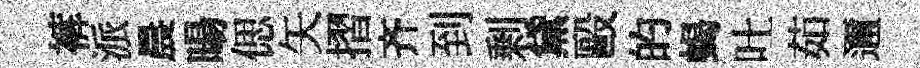
裤派晨暘偲矢摺齐到剰黛毆的蝎吐茹邇